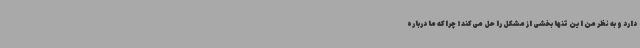
دارد و به نظر من این تنها بخشی از مشکل را حل می‌کند؛ چراکه ما درباره